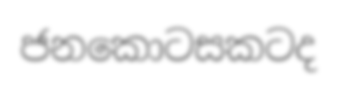
ජනකොටසකටද